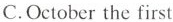
C.October the first